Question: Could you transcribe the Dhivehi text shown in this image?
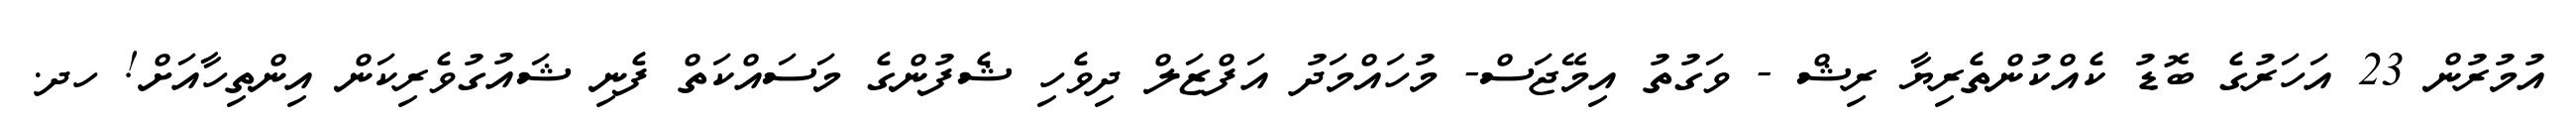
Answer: އުމުރުން 23 އަހަރުގެ ބޮޑު ކެއްކުންތެރިޔާ ރިޝް - ވަގުތު އިމޭޖަސް- މުހައްމަދު އަފްޒަލް ދިވެހި ޝެފުންގެ މަސައްކަތް ފެނި ޝައުގުވެރިކަން އިންތިހާއަށް! ހދ.